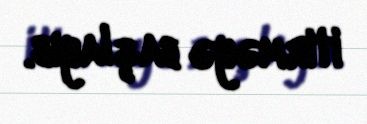
itirməyə başlayıb.